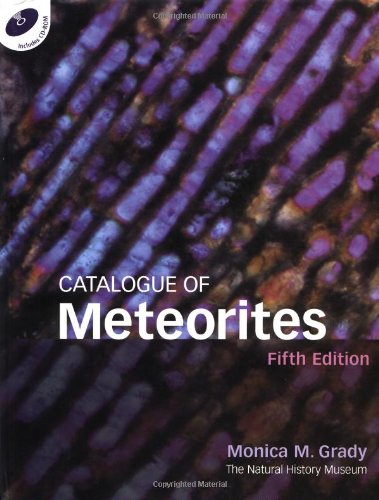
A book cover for Catalogue of Meteorites Reference Book with CD-ROM; Monica M. Grady; Science & Math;